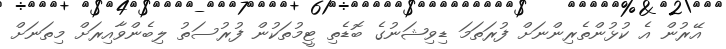
އޭރުން އެ ކުޅުންތެރިންނަށް ފުރަތަމަ ޑިވިޝަނުގެ ބޮޑެތި ޓީމުތަކުން ފުރުސަތު ލިބެންވާއިރަށް މިތަނަށް